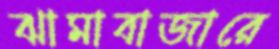
ঝামাবাজারে